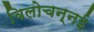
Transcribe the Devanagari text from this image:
विलोचन्नई